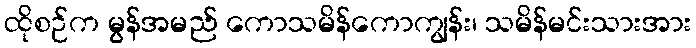
ထိုစဉ်က မွန်အမည် ကောသမိန်ကောကျွန်း၊ သမိန်မင်းသားအား